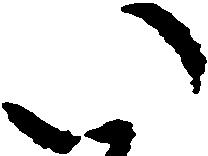
い